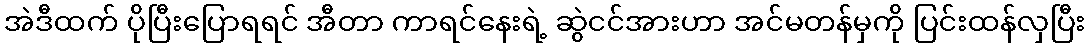
အဲဒီထက် ပိုပြီးပြောရရင် အီတာ ကာရင်နေးရဲ့ ဆွဲငင်အားဟာ အင်မတန်မှကို ပြင်းထန်လှပြီး